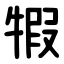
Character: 犌